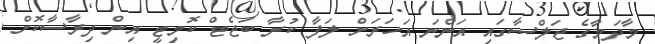
މާދަމާގެ ޖަލްސާގައި އަންނަ އަހަރަށް ލަފާ ކުރާ ބަޖެޓް ކޮމިޓީ އިން ދިރާސާކޮށް